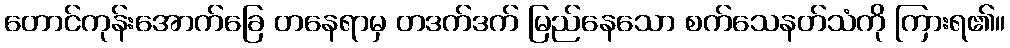
တောင်ကုန်းအောက်ခြေ တနေရာမှ တဒက်ဒက် မြည်နေသော စက်သေနတ်သံကို ကြားရ၏။